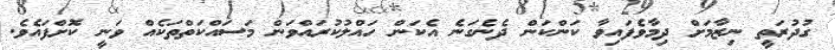
ގުދުރަތީ ނިޒާމަށް ދިމާވެފައިވާ ކަންކަން ދެނެގަނެ އެކަން ހައްލުކުރައްވަން މަސައްކަތްތަކެއް ވަނީ ކޮށްފައެވެ.